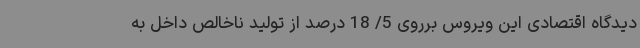
دیدگاه اقتصادی این ویروس برروی 5/ 18 درصد از تولید ناخالص داخل به